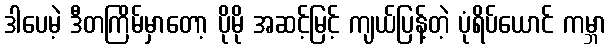
ဒါပေမဲ့ ဒီတကြိမ်မှာတော့ ပိုမို အဆင့်မြင့် ကျယ်ပြန့်တဲ့ ပုံရိပ်ယောင် ကမ္ဘာ